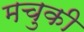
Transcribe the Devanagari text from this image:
मचुकी